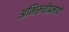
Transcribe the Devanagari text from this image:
अभिरूचीप्रमाणे